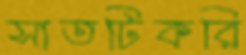
সাতটিকরি